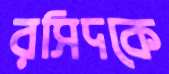
রসিদকে